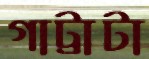
গাট্টাটা